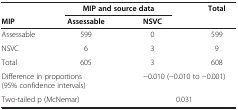
<table><thead><tr><td><b> </b></td><td colspan="2"><b>MIP and source data</b></td><td rowspan="2"><b>Total</b></td></tr><tr><td><b>MIP</b></td><td><b>Assessable</b></td><td><b>NSVC</b></td></tr></thead><tbody><tr><td>Assessable</td><td>599</td><td>0</td><td>599</td></tr><tr><td>NSVC</td><td>6</td><td>3</td><td>9</td></tr><tr><td>Total</td><td>605</td><td>3</td><td>608</td></tr><tr><td colspan="2">Difference in proportions (95% confidence intervals)</td><td colspan="2">-0.010 (-0.010 to -0.001)</td></tr><tr><td colspan="2">Two-tailed p (McNemar)</td><td colspan="2">0.031</td></tr></tbody></table>